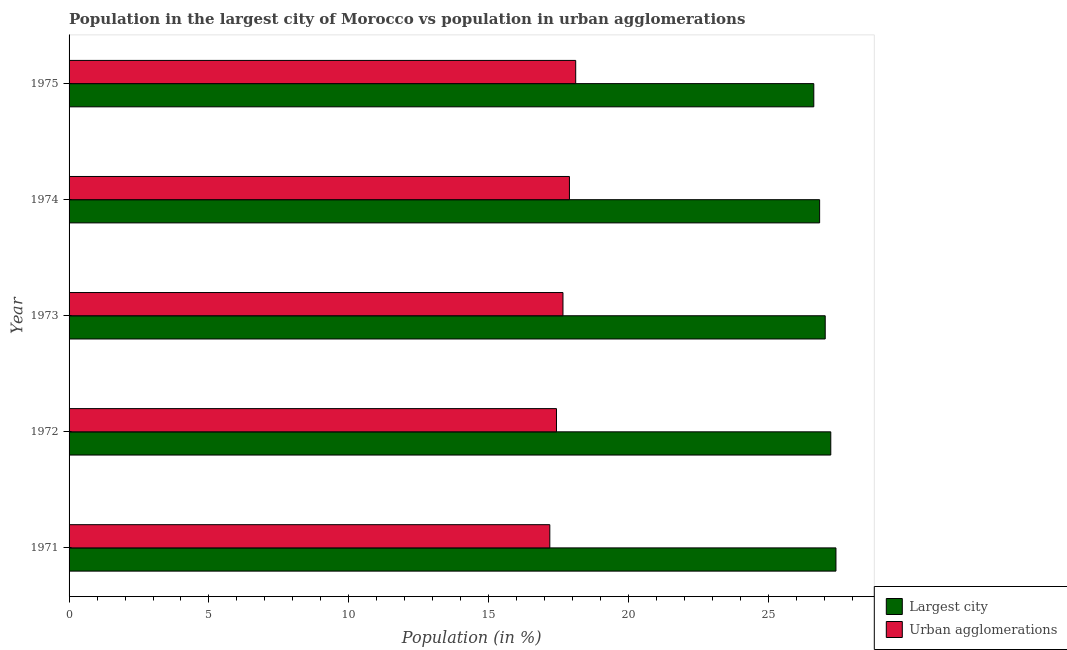
| Year | Largest city | Urban agglomerations |
 | --- | --- | --- |
 | 1971 | 27.4 | 17.2 |
 | 1972 | 27.2 | 17.4 |
 | 1973 | 27 | 17.7 |
 | 1974 | 26.8 | 17.9 |
 | 1975 | 26.6 | 18.1 |